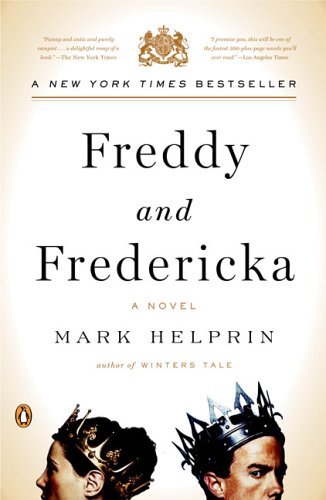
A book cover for Freddy and Fredericka; Mark Helprin; Science Fiction & Fantasy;